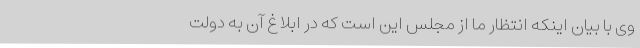
وی با بیان اینکه انتظار ما از مجلس این است که در ابلاغ آن به دولت